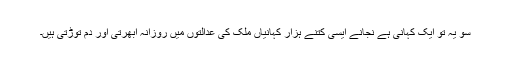
سو یہ تو ایک کہانی ہے نجانے ایسی کتنے ہزار کہانیاں ملک کی عدالتوں میں روزانہ اُبھرتی اور دم توڑتی ہیں۔